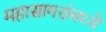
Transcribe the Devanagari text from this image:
महासागरांमध्ये